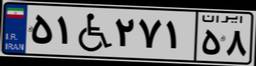
۵۱W۲۷۱۵۸